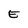
Character: E